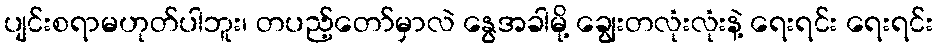
ပျင်းစရာမဟုတ်ပါဘူး၊ တပည့်တော်မှာလဲ နွေအခါမို့ ချွေးတလုံးလုံးနဲ့ ရေးရင်း ရေးရင်း